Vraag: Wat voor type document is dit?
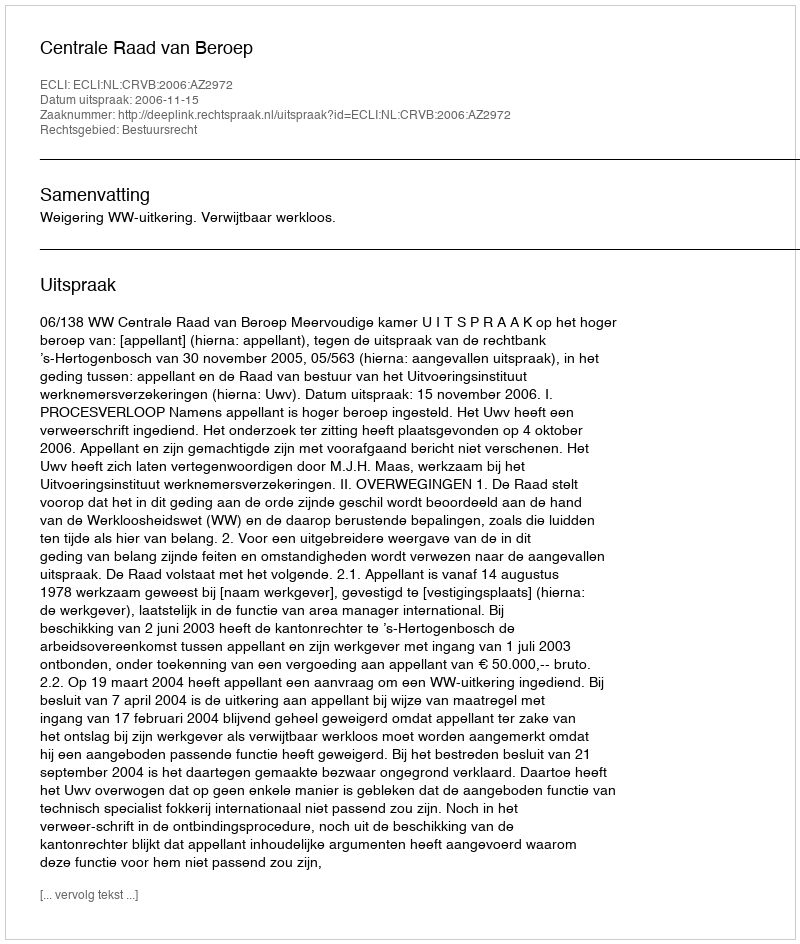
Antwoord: Uitspraak